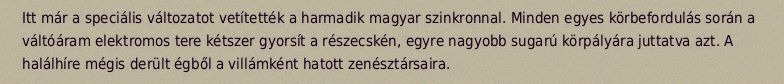
Itt már a speciális változatot vetítették a harmadik magyar szinkronnal. Minden egyes körbefordulás során a váltóáram elektromos tere kétszer gyorsít a részecskén, egyre nagyobb sugarú körpályára juttatva azt. A halálhíre mégis derült égből a villámként hatott zenésztársaira.